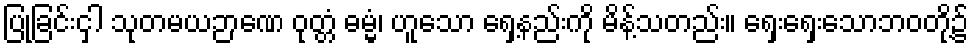
ပြုခြင်းငှါ သုတမယဉာဏေ ဝုတ္တံ ဓမ္မံ၊ ဟူသော ရှေ့နည်းကို မိန့်သတည်း။ ရှေးရှေးသောဘဝတို့၌